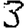
Digit: 3